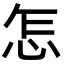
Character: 怎